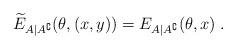
LaTeX: \begin{align*}\widetilde{E}_{A|A^\complement}(\theta,(x,y)) &= E_{A|A^\complement}(\theta,x) \;.\end{align*}